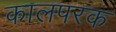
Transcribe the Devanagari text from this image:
कालपरक